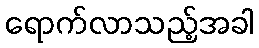
ရောက်လာသည့်အခါ